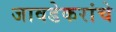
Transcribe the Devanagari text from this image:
जावडेकरांचे